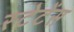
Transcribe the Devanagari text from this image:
स्टेटेंस